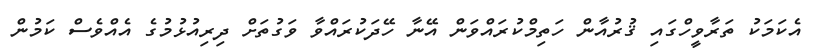
އެކަމަކު ތަރާވީހްގައި ޤުރުއާން ހަތިމްކުރައްވަން އޭނާ ހޭދަކުރައްވާ ވަގުތަށް ދިރިއުޅުމުގެ އެއްވެސް ކަމުން